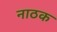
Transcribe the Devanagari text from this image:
नाठक